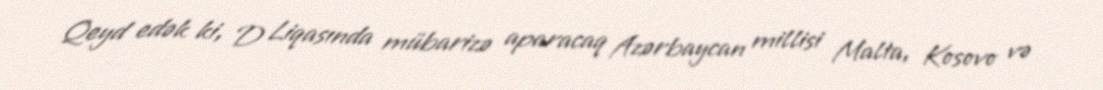
Qeyd edək ki, D Liqasında mübarizə aparacaq Azərbaycan millisi Malta, Kosovo və